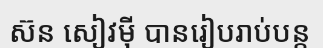
ស៊ន សៀវម៉ី បានរៀបរាប់បន្ត